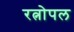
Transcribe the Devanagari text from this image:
रत्नोपल